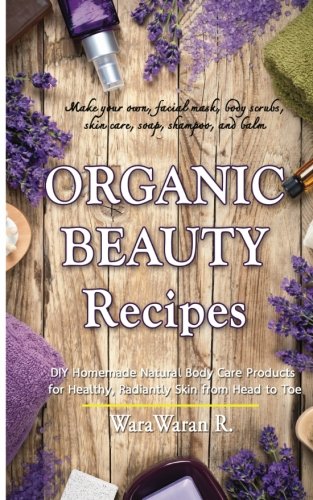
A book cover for Organic Beauty Recipes: DIY Homemade Natural Body Care Products for Healthy, Radiantly Skin from Head to Toe, Make your own, facial mask, body scrubs, skin care, soap, shampoo, and balm; WaraWaran Roongruangsri; Crafts, Hobbies & Home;